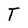
Character: T